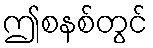
ဤစနစ်တွင်